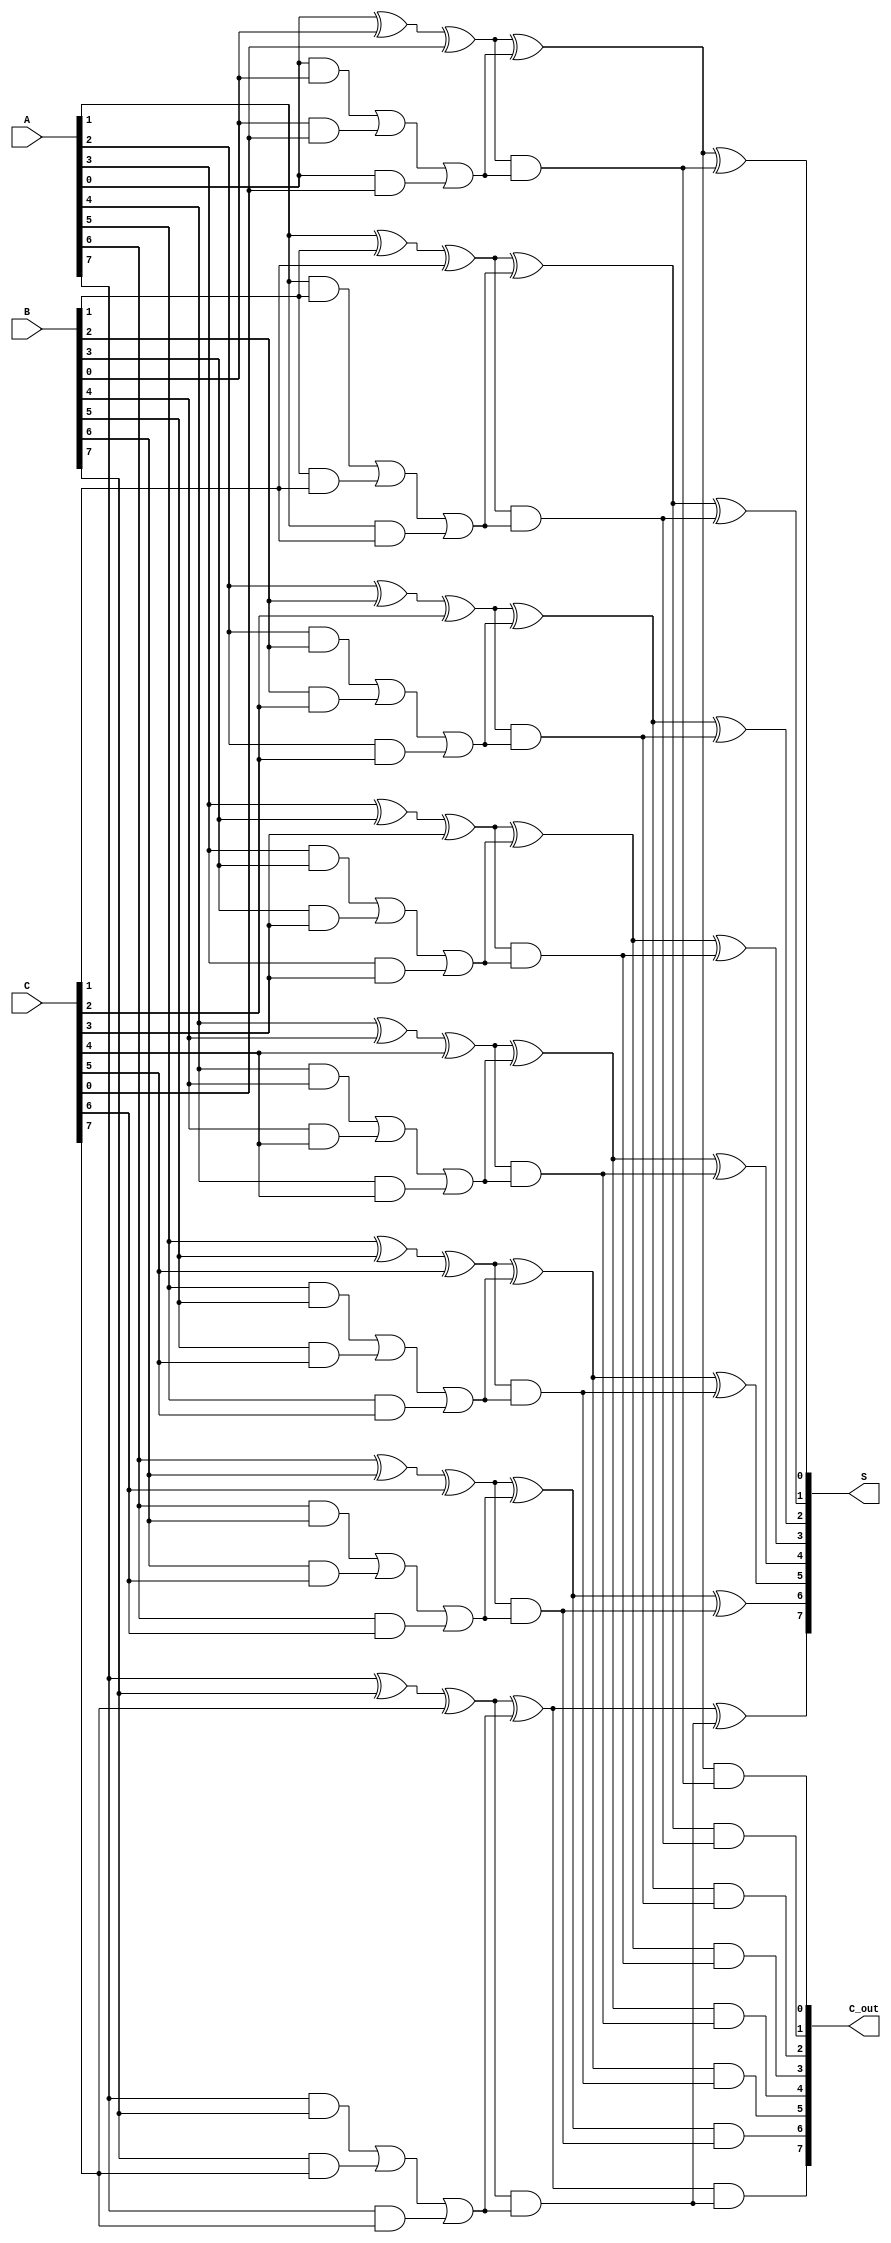
module carry_save_adder #(
    parameter N = 8 // Width of the operands
)(
    input [N-1:0] A, // First operand
    input [N-1:0] B, // Second operand
    input [N-1:0] C, // Third operand
    output [N-1:0] S, // Final sum output
    output [N-1:0] C_out // Final carry output
);

    // Intermediate signals for partial sums and carries
    wire [N-1:0] S1, S2, C1, C2;

    // Stage 1: Full Adders for A, B, C
    genvar i;
    generate
        for (i = 0; i < N; i = i + 1) begin : full_adder_stage
            // Full Adder logic for each bit
            assign S1[i] = A[i] ^ B[i] ^ C[i]; // Partial sum
            assign C1[i] = (A[i] & B[i]) | (B[i] & C[i]) | (A[i] & C[i]); // Carry
        end
    endgenerate

    // Stage 2: Reduction tree (combining S1 and C1)
    wire [N-1:0] S_temp, C_temp;

    generate
        for (i = 0; i < N; i = i + 1) begin : reduction_tree
            // Combining partial sums and carries
            assign S_temp[i] = S1[i] ^ C1[i]; // New partial sum
            assign C_temp[i] = S1[i] & C1[i]; // New carry
        end
    endgenerate

    // Final stage: Combine S_temp and C_temp
    generate
        for (i = 0; i < N; i = i + 1) begin : final_stage
            assign S[i] = S_temp[i] ^ C_temp[i]; // Final sum
            assign C_out[i] = S_temp[i] & C_temp[i]; // Final carry
        end
    endgenerate

endmodule